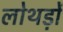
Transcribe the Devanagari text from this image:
लोथड़ों